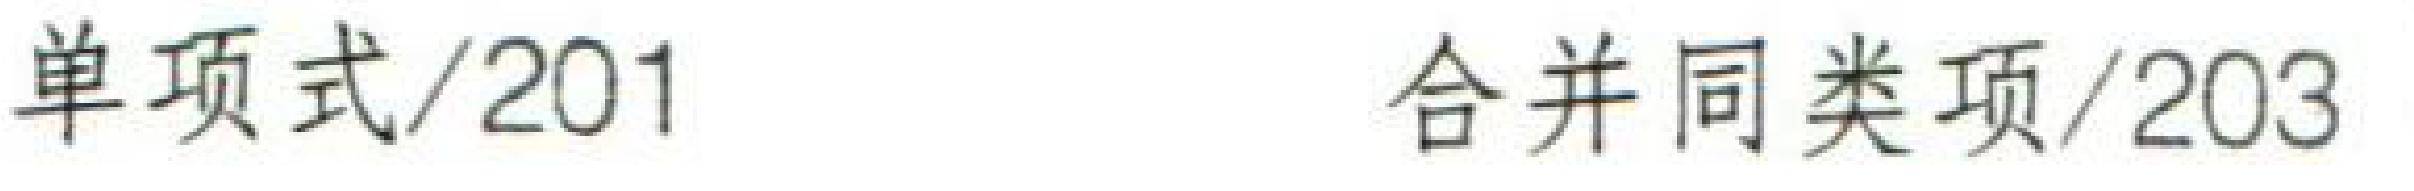
单项式/201 合并同类项/203